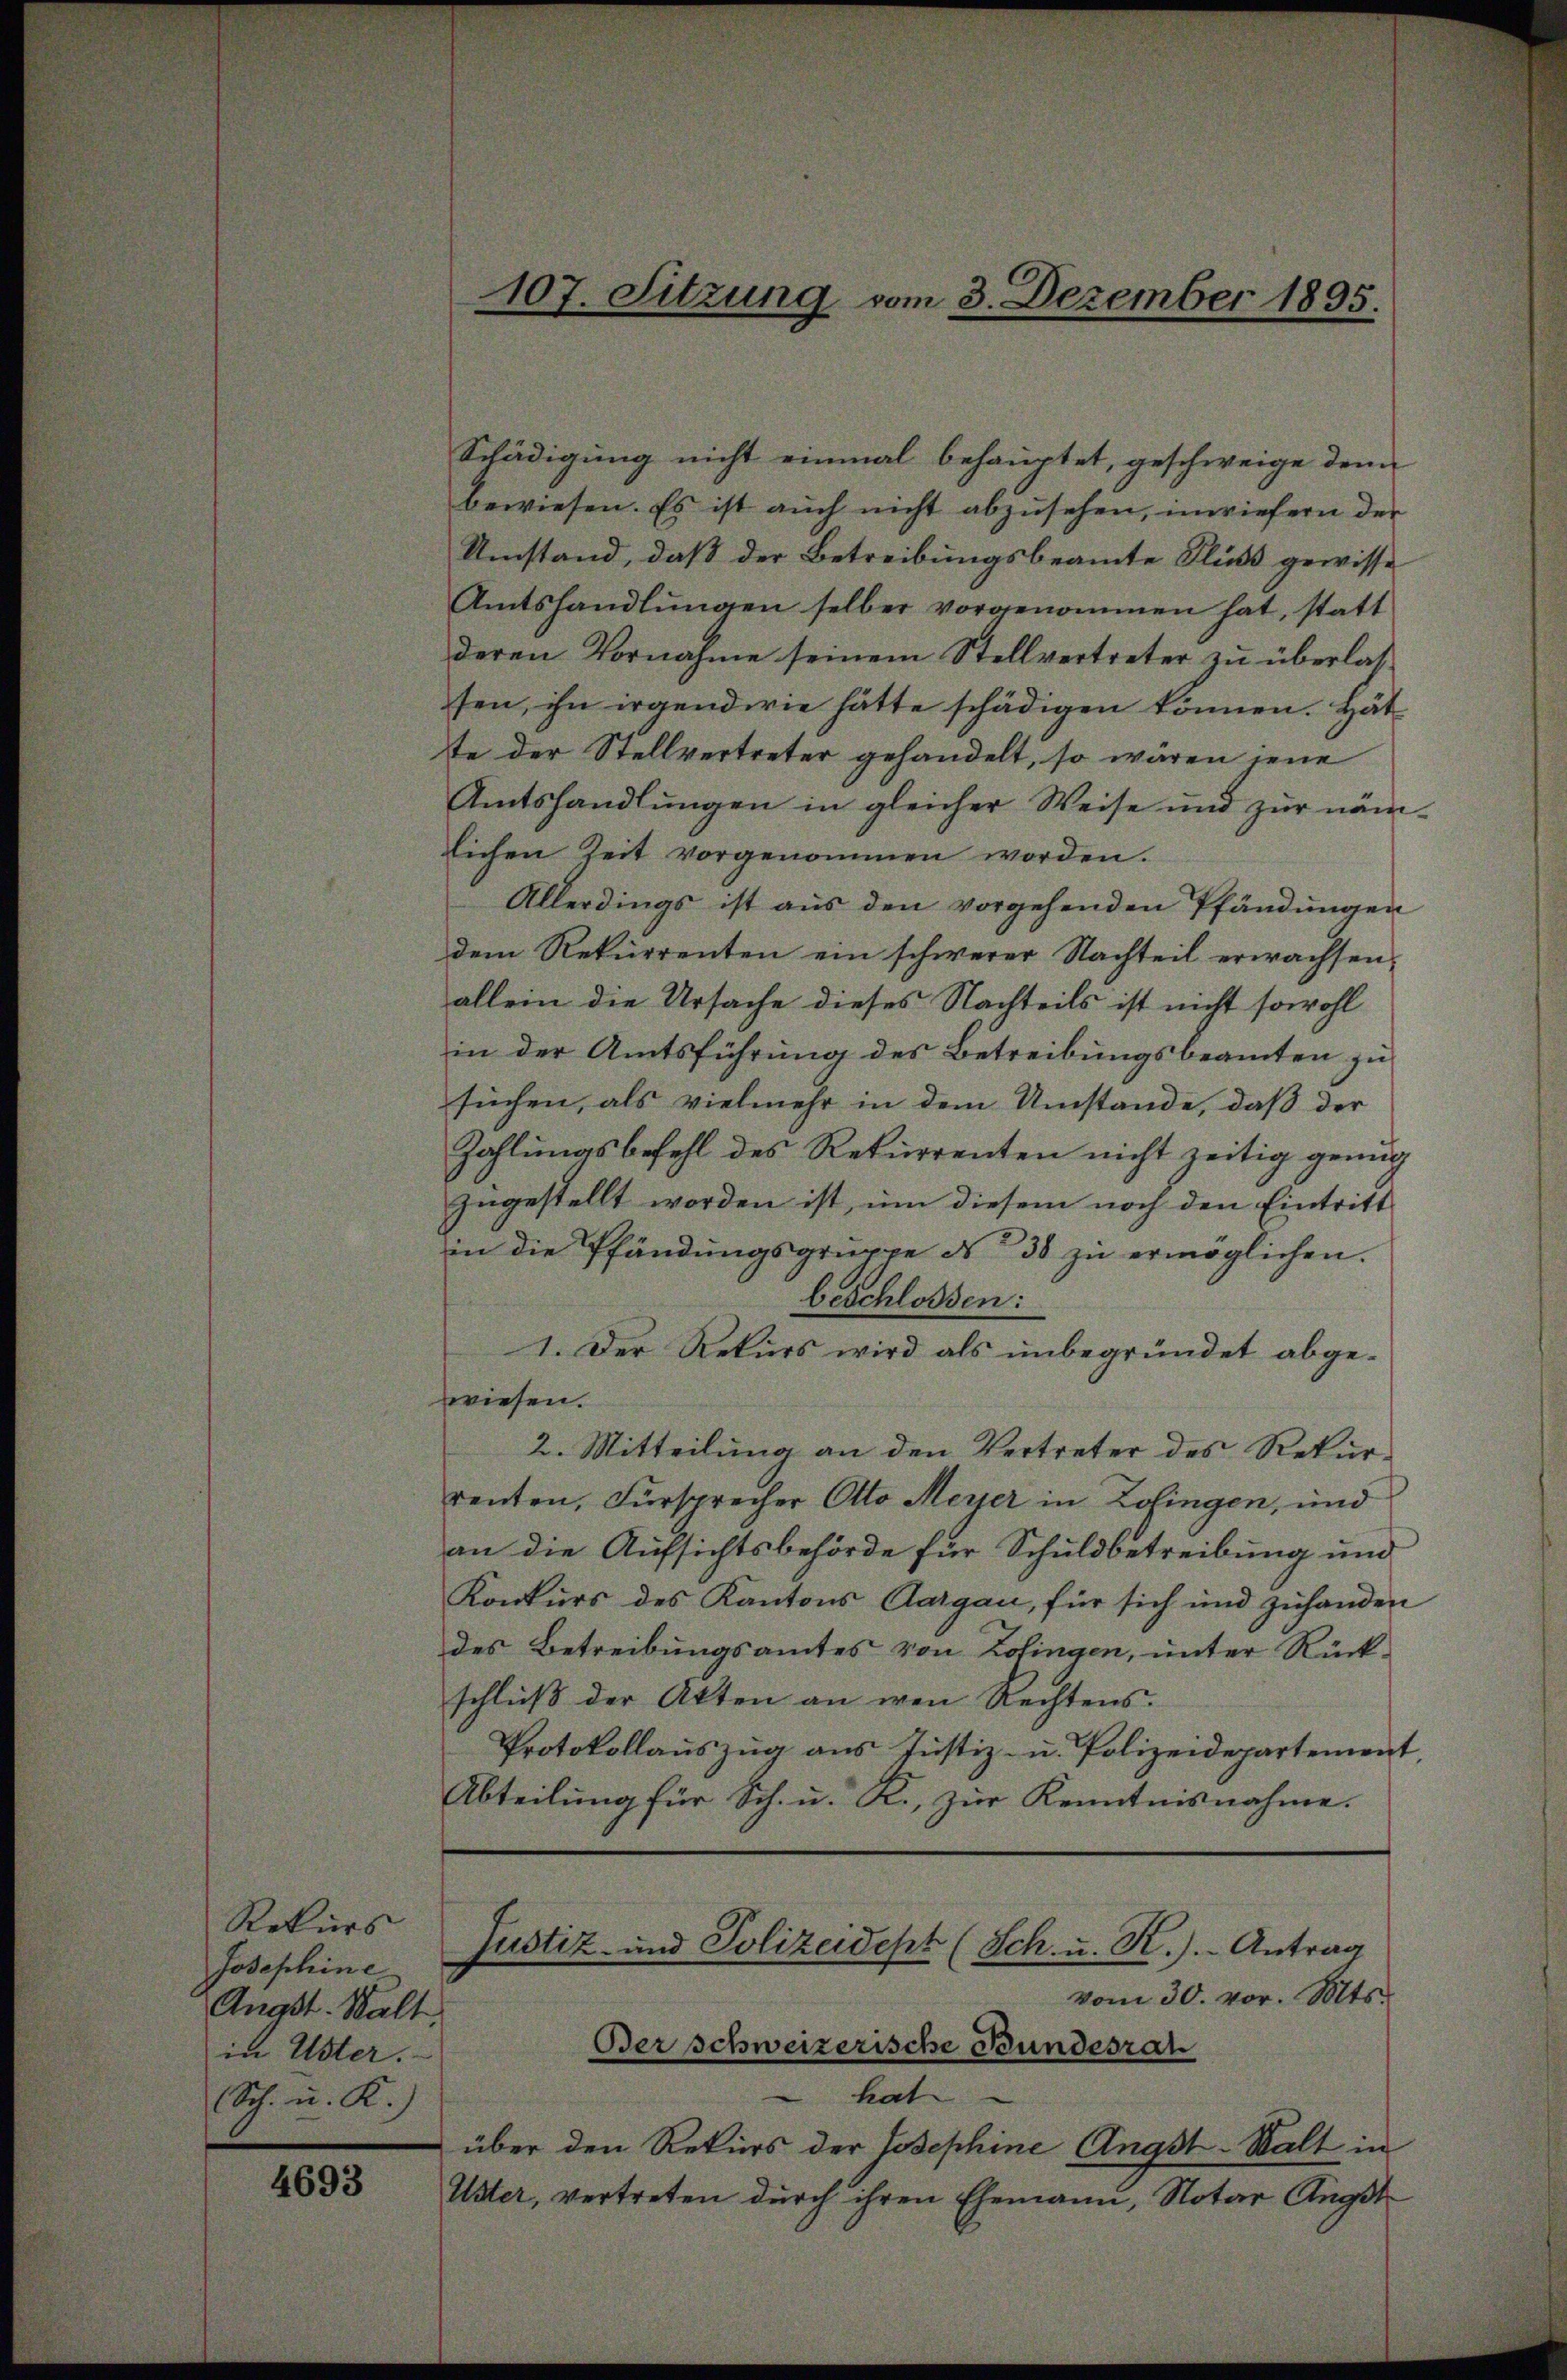
Rekurs
Josephine
Anast. Walt
in Uster.
Sch. u. K.)

4693

Schädigung nicht einmal behauptet, geschweige den
bewiesen. Es ist auch nicht abzusehen, inwiefern der
Umstand, daß der Betreibungsbeamte Fluss gewisse
Amtshandlŭngen selber vorgenommen hat, statt
deren Vornahme seinem Stellvertreter zu überlassten, ihn irgendwie hätte schädigen können. Hät
te der Stellvertreter gehandelt, so wären jene
Amtshandlŭngen in gleicher Weise und zŭr näm-
lichen Zeit vorgenommen worden.
Allerdings ist aŭs den vorgehenden Pfändungen
dem Rekurrenten ein schwerer Nachteil erwachsen.
allein die Ursache dieses Nachteils ist nicht sowohl
in der Amtsführung des Betreibungsbeamten zu
suchen, als vielmehr in dem Umstände, daß der
Zahlungsbefehl des Rekurrenten nicht zeitig genug
zugestellt worden ist, um diesem noch den Eintritt
in die Pfändŭngsgruppe d 38 zŭ ermöglichen.
beschlossen:
1. Der Rekurs wird als unbegründet abgewiesen.
2. Mitteilung an den Vertreter des Rekurrenten, Fürsprecher Otto Merser in Zofingen, und
an die Aufsichtsbehörde für Schuldbetreibung und
Konkŭrs des Kantons Aargau, für sich und zuhanden
des Betreibungsamtes von Zofingen, unter Rückschluß der Akten an wen Rechtens.
Protokollauszug aus Justiz- u. Polizeidepartement
Abteilung für Sch. u. R., zur Kenntnisnahme.

107. Sitzung vom 3. Dezember 1895.

Justiz- und Polizeident (Sch. u. R.). Antrag
vom 30. vor. Mts.
Der schweizerische Bundesrat

hat
über den Rekurs der Josephine Angst-Walt in
Uster, vertreten durch ihren Ehemann, Notar Angst